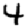
Digit: 4